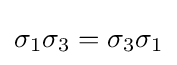
\sigma _{1}\sigma _{3}=\sigma _{3}\sigma _{1}